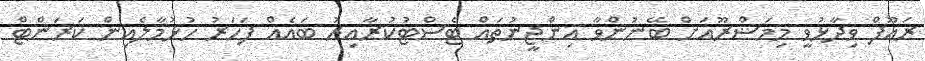
ރައޫފް ވިދާޅުވީ މިމަޝްރޫއަށް ބޭނުންވާ އިންޖީނުތައް ޓެސްޓުކުރާއިރު ބައެއް ފަހަރު ހުޅުމާލެއިން ކަރަންޓް